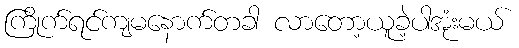
ကြိုက်ရင်ကျမနောက်တခါ လာတော့ယူခဲ့ပါအုံးမယ်